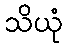
သိယုံ